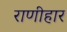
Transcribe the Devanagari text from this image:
राणीहार